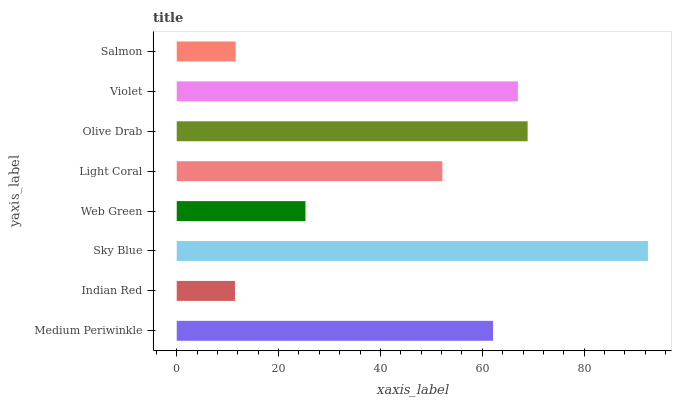
| yaxis_label | bars |
 | --- | --- |
 | Medium Periwinkle | 62.1 |
 | Indian Red | 11.4 |
 | Sky Blue | 92.5 |
 | Web Green | 25.3 |
 | Light Coral | 52.1 |
 | Olive Drab | 68.9 |
 | Violet | 67 |
 | Salmon | 11.6 |